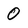
Character: O